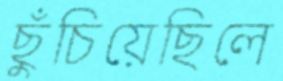
ছুঁচিয়েছিলে